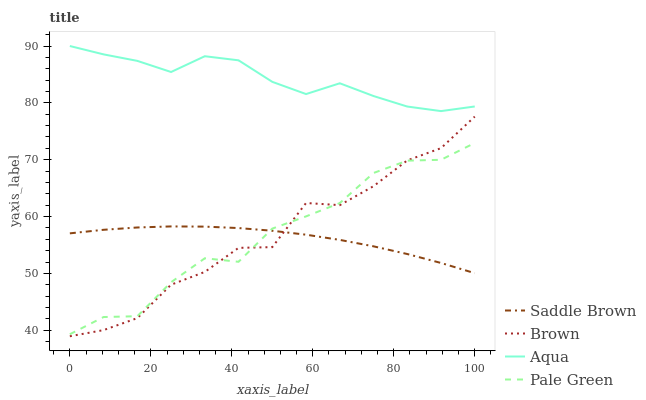
| xaxis_label | Saddle Brown | Brown | Aqua | Pale Green |
 | --- | --- | --- | --- | --- |
 | 0 | 57.1 | 39 | 90 | 39.3 |
 | 8.33 | 57.7 | 40 | 88.5 | 42.3 |
 | 16.7 | 58.1 | 42.1 | 87.4 | 42.5 |
 | 25 | 58.3 | 48 | 85.4 | 48.5 |
 | 33.3 | 58.2 | 50.3 | 88.2 | 52.7 |
 | 41.7 | 58 | 54.5 | 87.5 | 52.1 |
 | 50 | 57.5 | 54.6 | 83.7 | 57.9 |
 | 58.3 | 56.8 | 62.4 | 81.5 | 60 |
 | 66.7 | 55.9 | 62 | 83.4 | 62.4 |
 | 75 | 54.8 | 65.3 | 81.2 | 67.7 |
 | 83.3 | 53.4 | 69.9 | 79.4 | 69.8 |
 | 91.7 | 51.8 | 72 | 78.6 | 70 |
 | 100 | 50.1 | 77.6 | 79.4 | 72.9 |